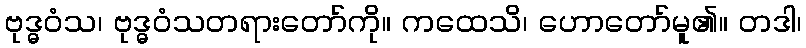
ဗုဒ္ဓဝံသ၊ ဗုဒ္ဓဝံသတရားတော်ကို။ ကထေသိ၊ ဟောတော်မူ၏။ တဒါ၊